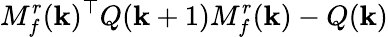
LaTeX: M_{f}^{r}(\mathbf{k})^{\top}Q(\mathbf{k}+1)M_{f}^{r}(\mathbf{k})-Q(\mathbf{k})